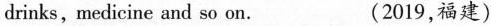
drinks,medicine and so on. (2019,福建)